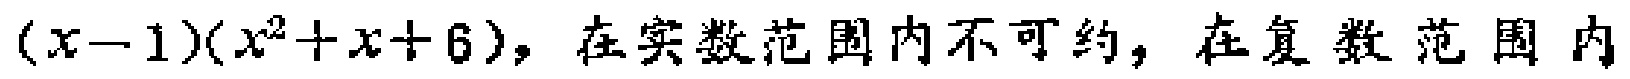
\((x - 1)(x^{2}+x + 6)\)，在实数范围内不可约，在复数范围内